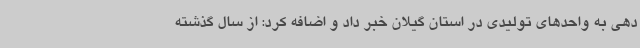
دهی به واحدهای تولیدی در استان گیلان خبر داد و اضافه کرد: از سال گذشته